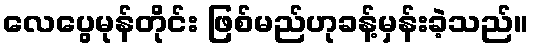
လေပွေမုန်တိုင်း ဖြစ်မည်ဟုခန့်မှန်းခဲ့သည်။